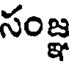
సంజ్ఞ